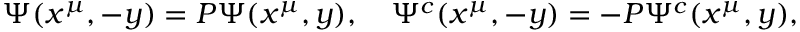
\Psi ( x ^ { \mu } , - y ) = P \Psi ( x ^ { \mu } , y ) , \quad \Psi ^ { c } ( x ^ { \mu } , - y ) = - P \Psi ^ { c } ( x ^ { \mu } , y ) ,